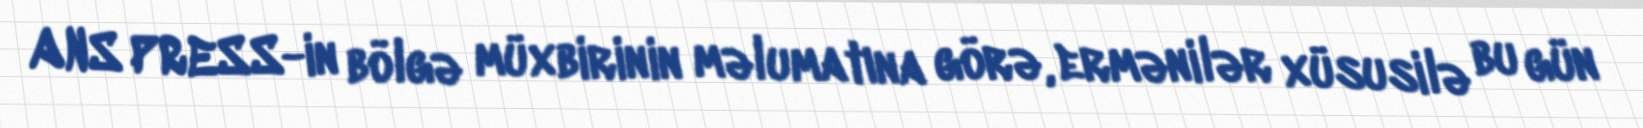
ANS PRESS-in bölgə müxbirinin məlumatına görə, ermənilər xüsusilə bu gün